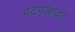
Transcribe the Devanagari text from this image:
वटपत्रावर